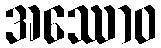
အဿောဝ